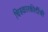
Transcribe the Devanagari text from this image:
चित्रकारकीर्दीची